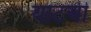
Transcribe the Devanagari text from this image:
याटची